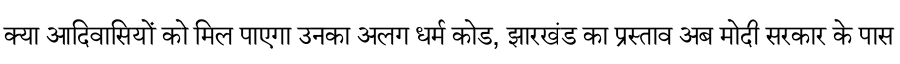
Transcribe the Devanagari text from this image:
क्या आदिवासियों को मिल पाएगा उनका अलग धर्म कोड, झारखंड का प्रस्ताव अब मोदी सरकार के पास